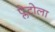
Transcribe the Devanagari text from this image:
प्लेटोला